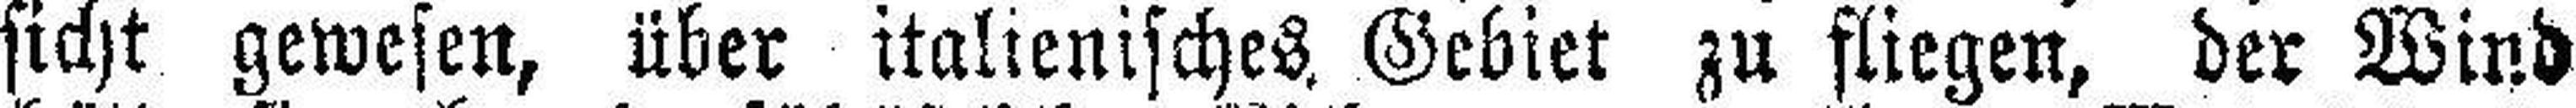
sicht gewesen, über italienisches. Gebiet zu fliegen, der Wind